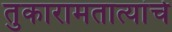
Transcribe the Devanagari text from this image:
तुकारामतात्यांचे